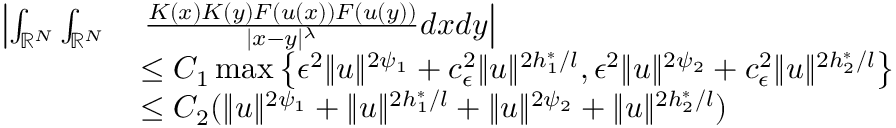
\begin{array} { r l } { \left| \int _ { { \mathbb R } ^ { N } } \int _ { { \mathbb R } ^ { N } } \right. } & { \left. \frac { K ( x ) K ( y ) F ( u ( x ) ) F ( u ( y ) ) } { | x - y | ^ { \lambda } } d x d y \right| } \\ & { \leq C _ { 1 } \operatorname* { m a x } \left\lbrace { \epsilon } ^ { 2 } \| u \| ^ { 2 \psi _ { 1 } } + c _ { \epsilon } ^ { 2 } \| u \| ^ { 2 h _ { 1 } ^ { * } / l } , { \epsilon } ^ { 2 } \| u \| ^ { 2 \psi _ { 2 } } + c _ { \epsilon } ^ { 2 } \| u \| ^ { 2 h _ { 2 } ^ { * } / l } \right\rbrace } \\ & { \leq C _ { 2 } ( \| u \| ^ { 2 \psi _ { 1 } } + \| u \| ^ { 2 h _ { 1 } ^ { * } / l } + \| u \| ^ { 2 \psi _ { 2 } } + \| u \| ^ { 2 h _ { 2 } ^ { * } / l } ) } \end{array}